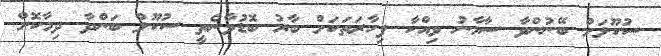
ސުކޫލަށް ބޭނުންވާ ސާމާނު ވިއްކާ ފިހާރަތަކަށް ބާރު ބޮޑުވާނެތީ ސުކޫލް ބަންދާ ދިމާކޮށް